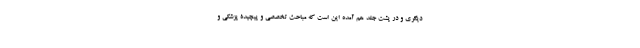
دیگری و در پشت جلد هم آمده این است که مباحث تخصصی و پیچیدۀ پزشکی و